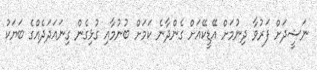
ނަޝީދަށް ފަރުވާ ދިނުމަށް އޭޑީކޭއަށް ގެންދާނެ ކަމަށް ބުނުމާއި ގުޅިގެން ގިނައަދަދެއްގެ ބަޔަކު